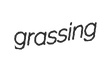
grassing